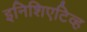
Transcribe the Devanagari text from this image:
इनिशिएटिव्ह